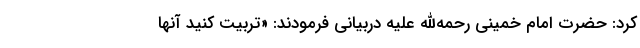
کرد: حضرت امام خمینی رحمه‌الله علیه دربیانی فرمودند: «تربیت کنید آنها